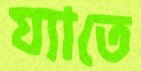
য্যাতে